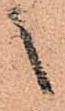
之